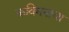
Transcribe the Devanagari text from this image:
कविमनाचा